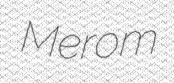
Merom